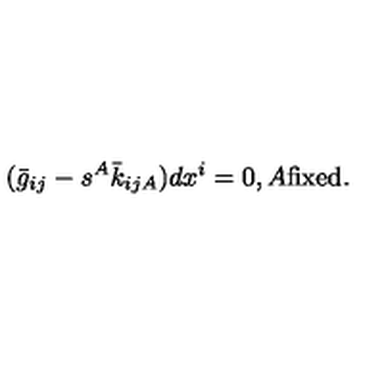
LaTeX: ( \bar { g } _ { i j } - s ^ { A } \bar { k } _ { i j A } ) d x ^ { i } = 0 , A \mathrm { f i x e d } .